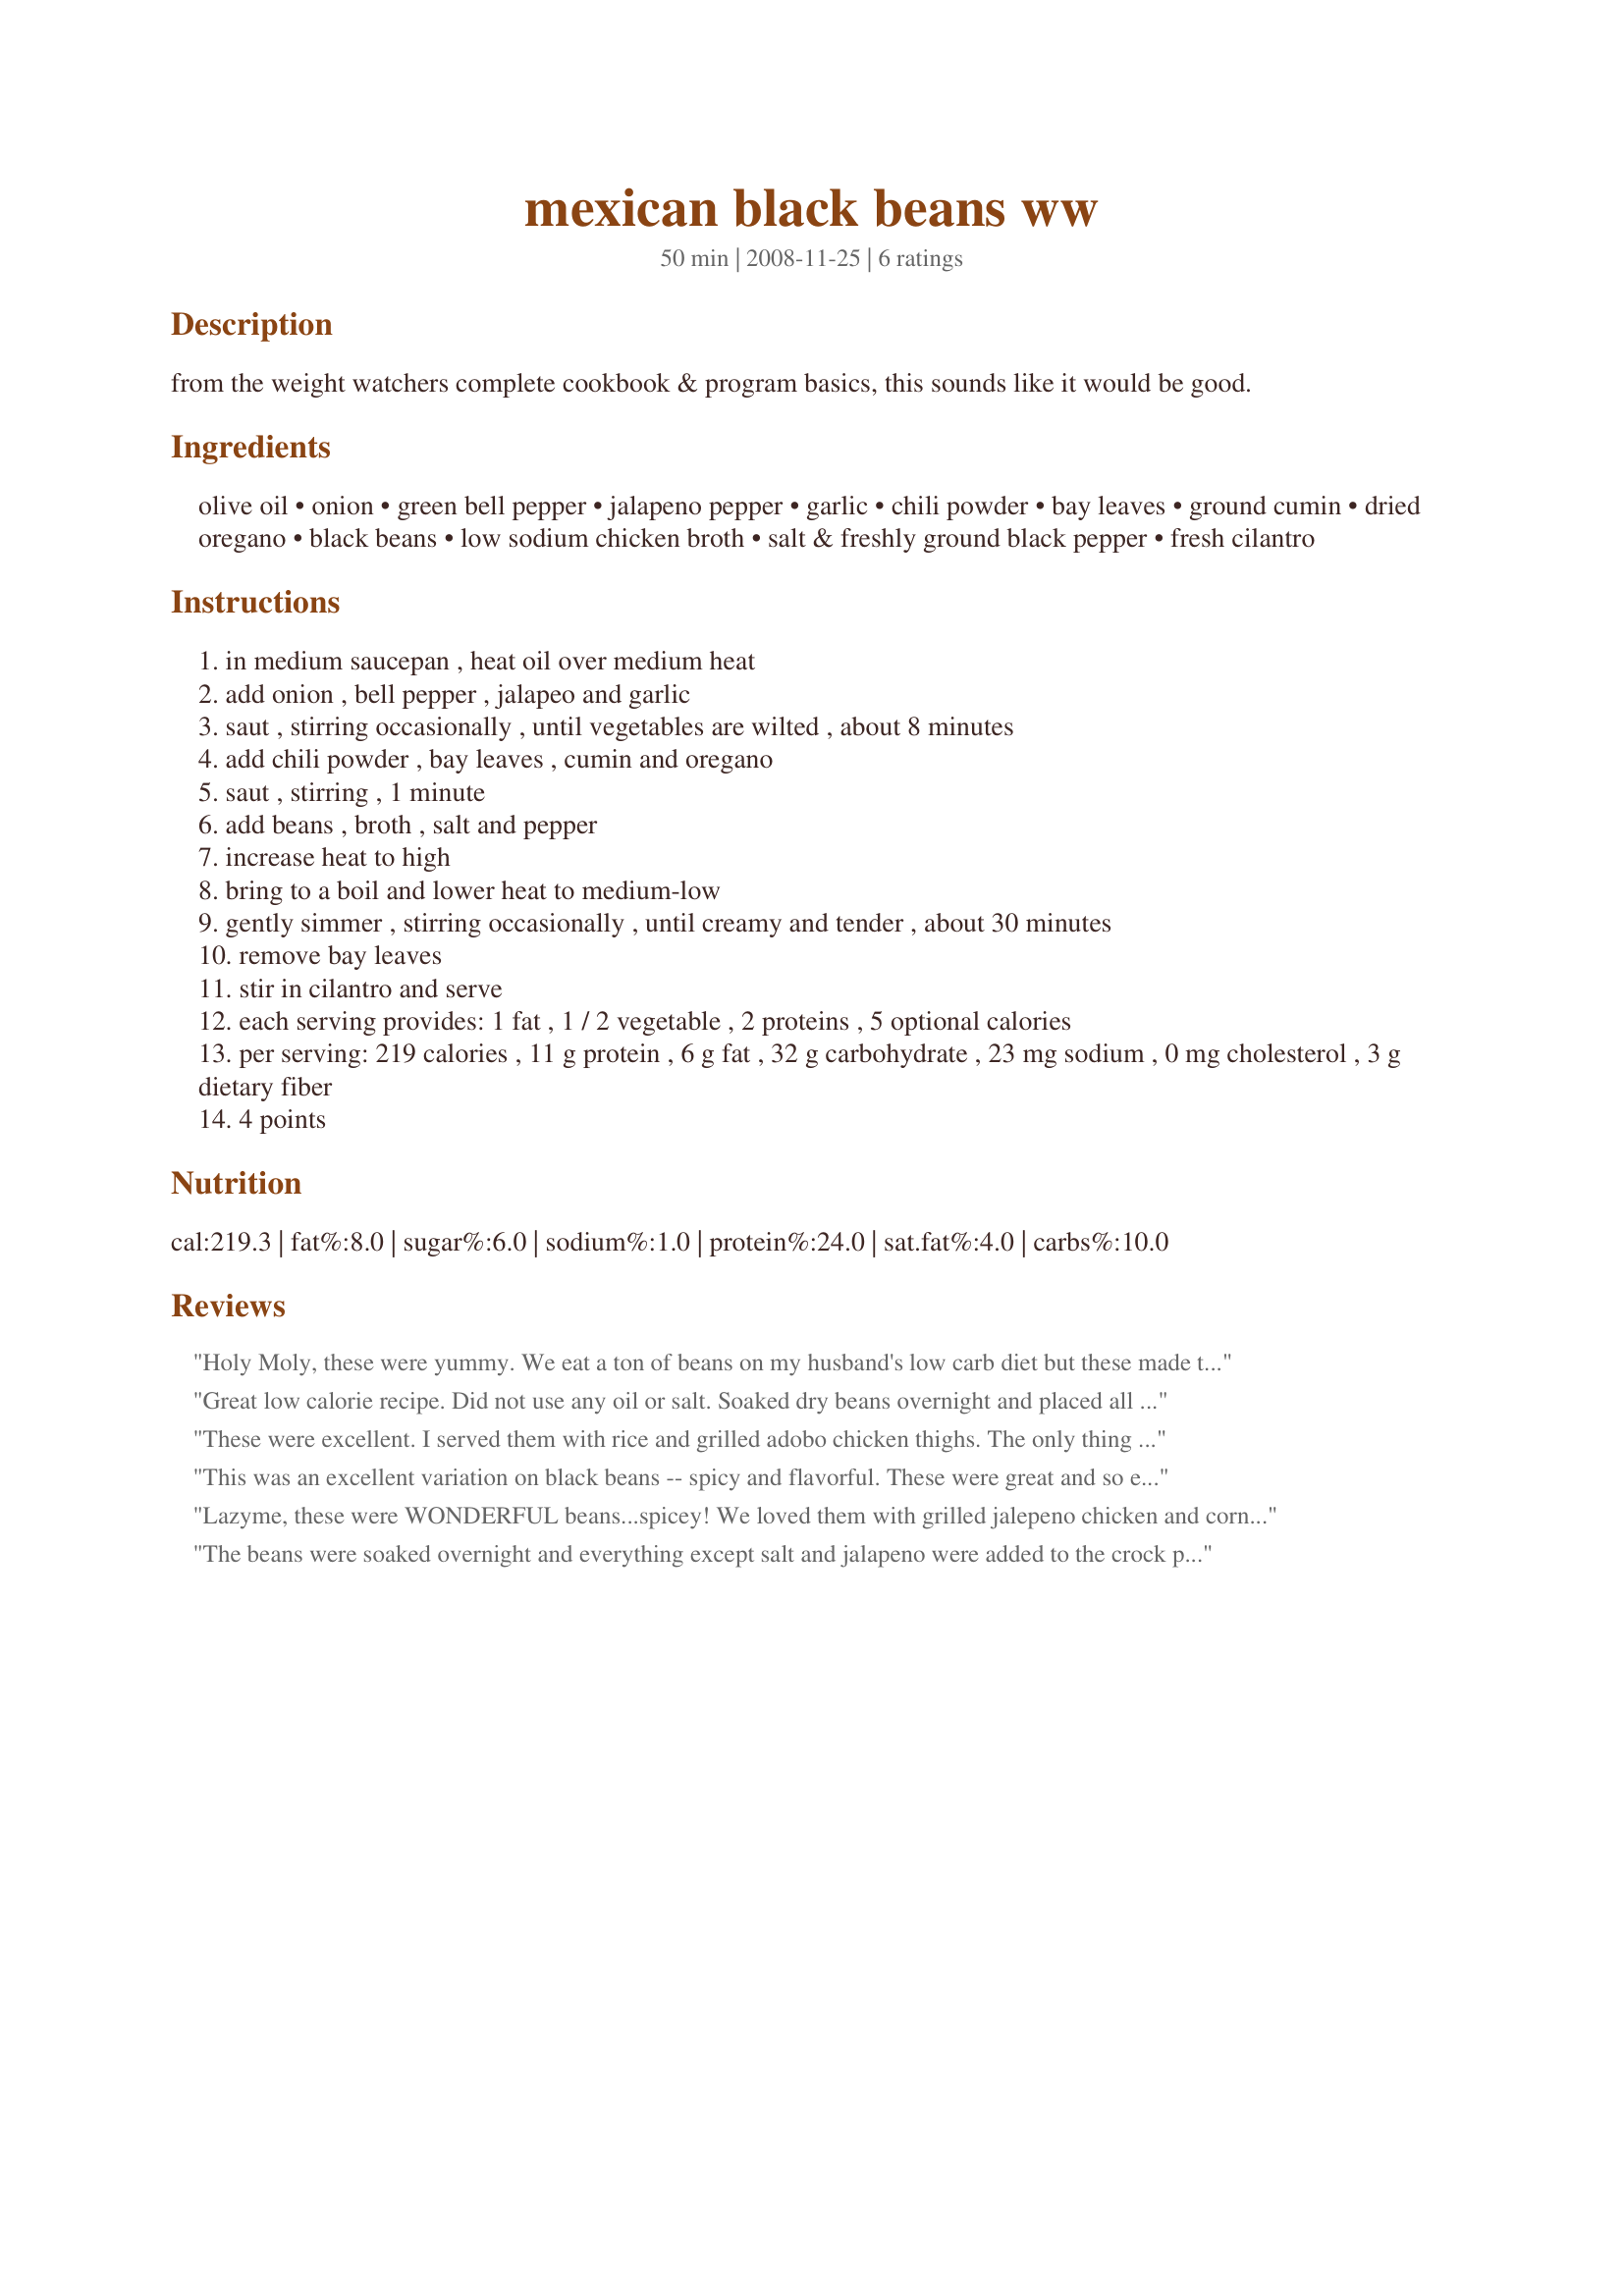
mexican black beans ww
Preparation time: 50 minutes

from the weight watchers complete cookbook & program basics, this sounds like it would be good.

Ingredients:
olive oil, onion, green bell pepper, jalapeno pepper, garlic, chili powder, bay leaves, ground cumin, dried oregano, black beans, low sodium chicken broth, salt & freshly ground black pepper, fresh cilantro

Steps:
in medium saucepan , heat oil over medium heat
add onion , bell pepper , jalapeo and garlic
saut , stirring occasionally , until vegetables are wilted , about 8 minutes
add chili powder , bay leaves , cumin and oregano
saut , stirring , 1 minute
add beans , broth , salt and pepper
increase heat to high
bring to a boil and lower heat to medium-low
gently simmer , stirring occasionally , until creamy and tender , about 30 minutes
remove bay leaves
stir in cilantro and serve
each serving provides: 1 fat , 1 / 2 vegetable , 2 proteins , 5 optional calories
per serving: 219 calories , 11 g protein , 6 g fat , 32 g carbohydrate , 23 mg sodium , 0 mg cholesterol , 3 g dietary fiber
4 points

Reviews:
Holy Moly, these were yummy. We eat a ton of beans on my husband's low carb diet but these made them a treat not just something to suffer through. It is going straight in the keeper binder!<br/><br/>Made for ZWT 8
Great low calorie recipe. Did not use any oil or salt. Soaked dry beans overnight and placed all ingredients in slow cooker on low for 7 hours.
These were excellent. I served them with rice and grilled adobo chicken thighs. The only thing that I would do different would be to add more spice as they weren't quite as spicy as we like. I used two 15 oz cans of black beans in place of the dry beans. Thanks for posting this Lazyme!
This was an excellent variation on black beans -- spicy and flavorful. These were great and so easy to prepare. I did use part orange bell pepper since I had some that needed using. Thanks for sharing! ZWT8
Lazyme, these were WONDERFUL beans...spicey! We loved them with grilled jalepeno chicken and cornbread. This was really easy to put together and we even fought over the leftovers :) Thanks for a new quick and easy black bean recipe! Made for PAC Spring 2009 !
The beans were soaked overnight and everything except salt and jalapeno were added to the crock pot and cooked all day. The beans were turned to high about 30 minutes before serving, the salt was added along with the jalapeno. These were served with Recipe #339045.
